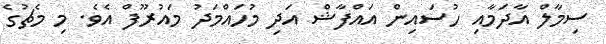
ސިމާލް އާދަމާއި ހުސައިން އައްފާޝް އަދި މުހައްމަދު މައުރޫފް އެވެ. މި މެޗުގެ